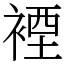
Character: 𧛑